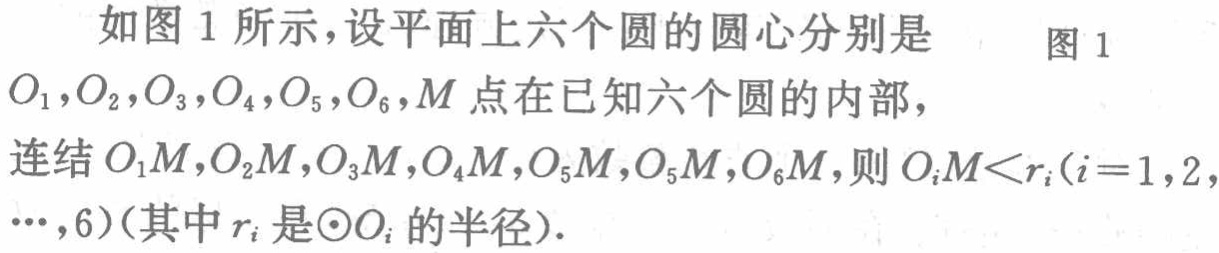
如图 1 所示，设平面上六个圆的圆心分别是  图 1
\(O_{1},O_{2},O_{3},O_{4},O_{5},O_{6}\)，\(M\)点在已知六个圆的内部，
连结\(O_{1}M,O_{2}M,O_{3}M,O_{4}M,O_{5}M,O_{5}M,O_{6}M\)，则\(O_{i}M < r_{i}(i = 1,2,\cdots,6)\)（其中\(r_{i}\)是\(\odot O_{i}\)的半径）.